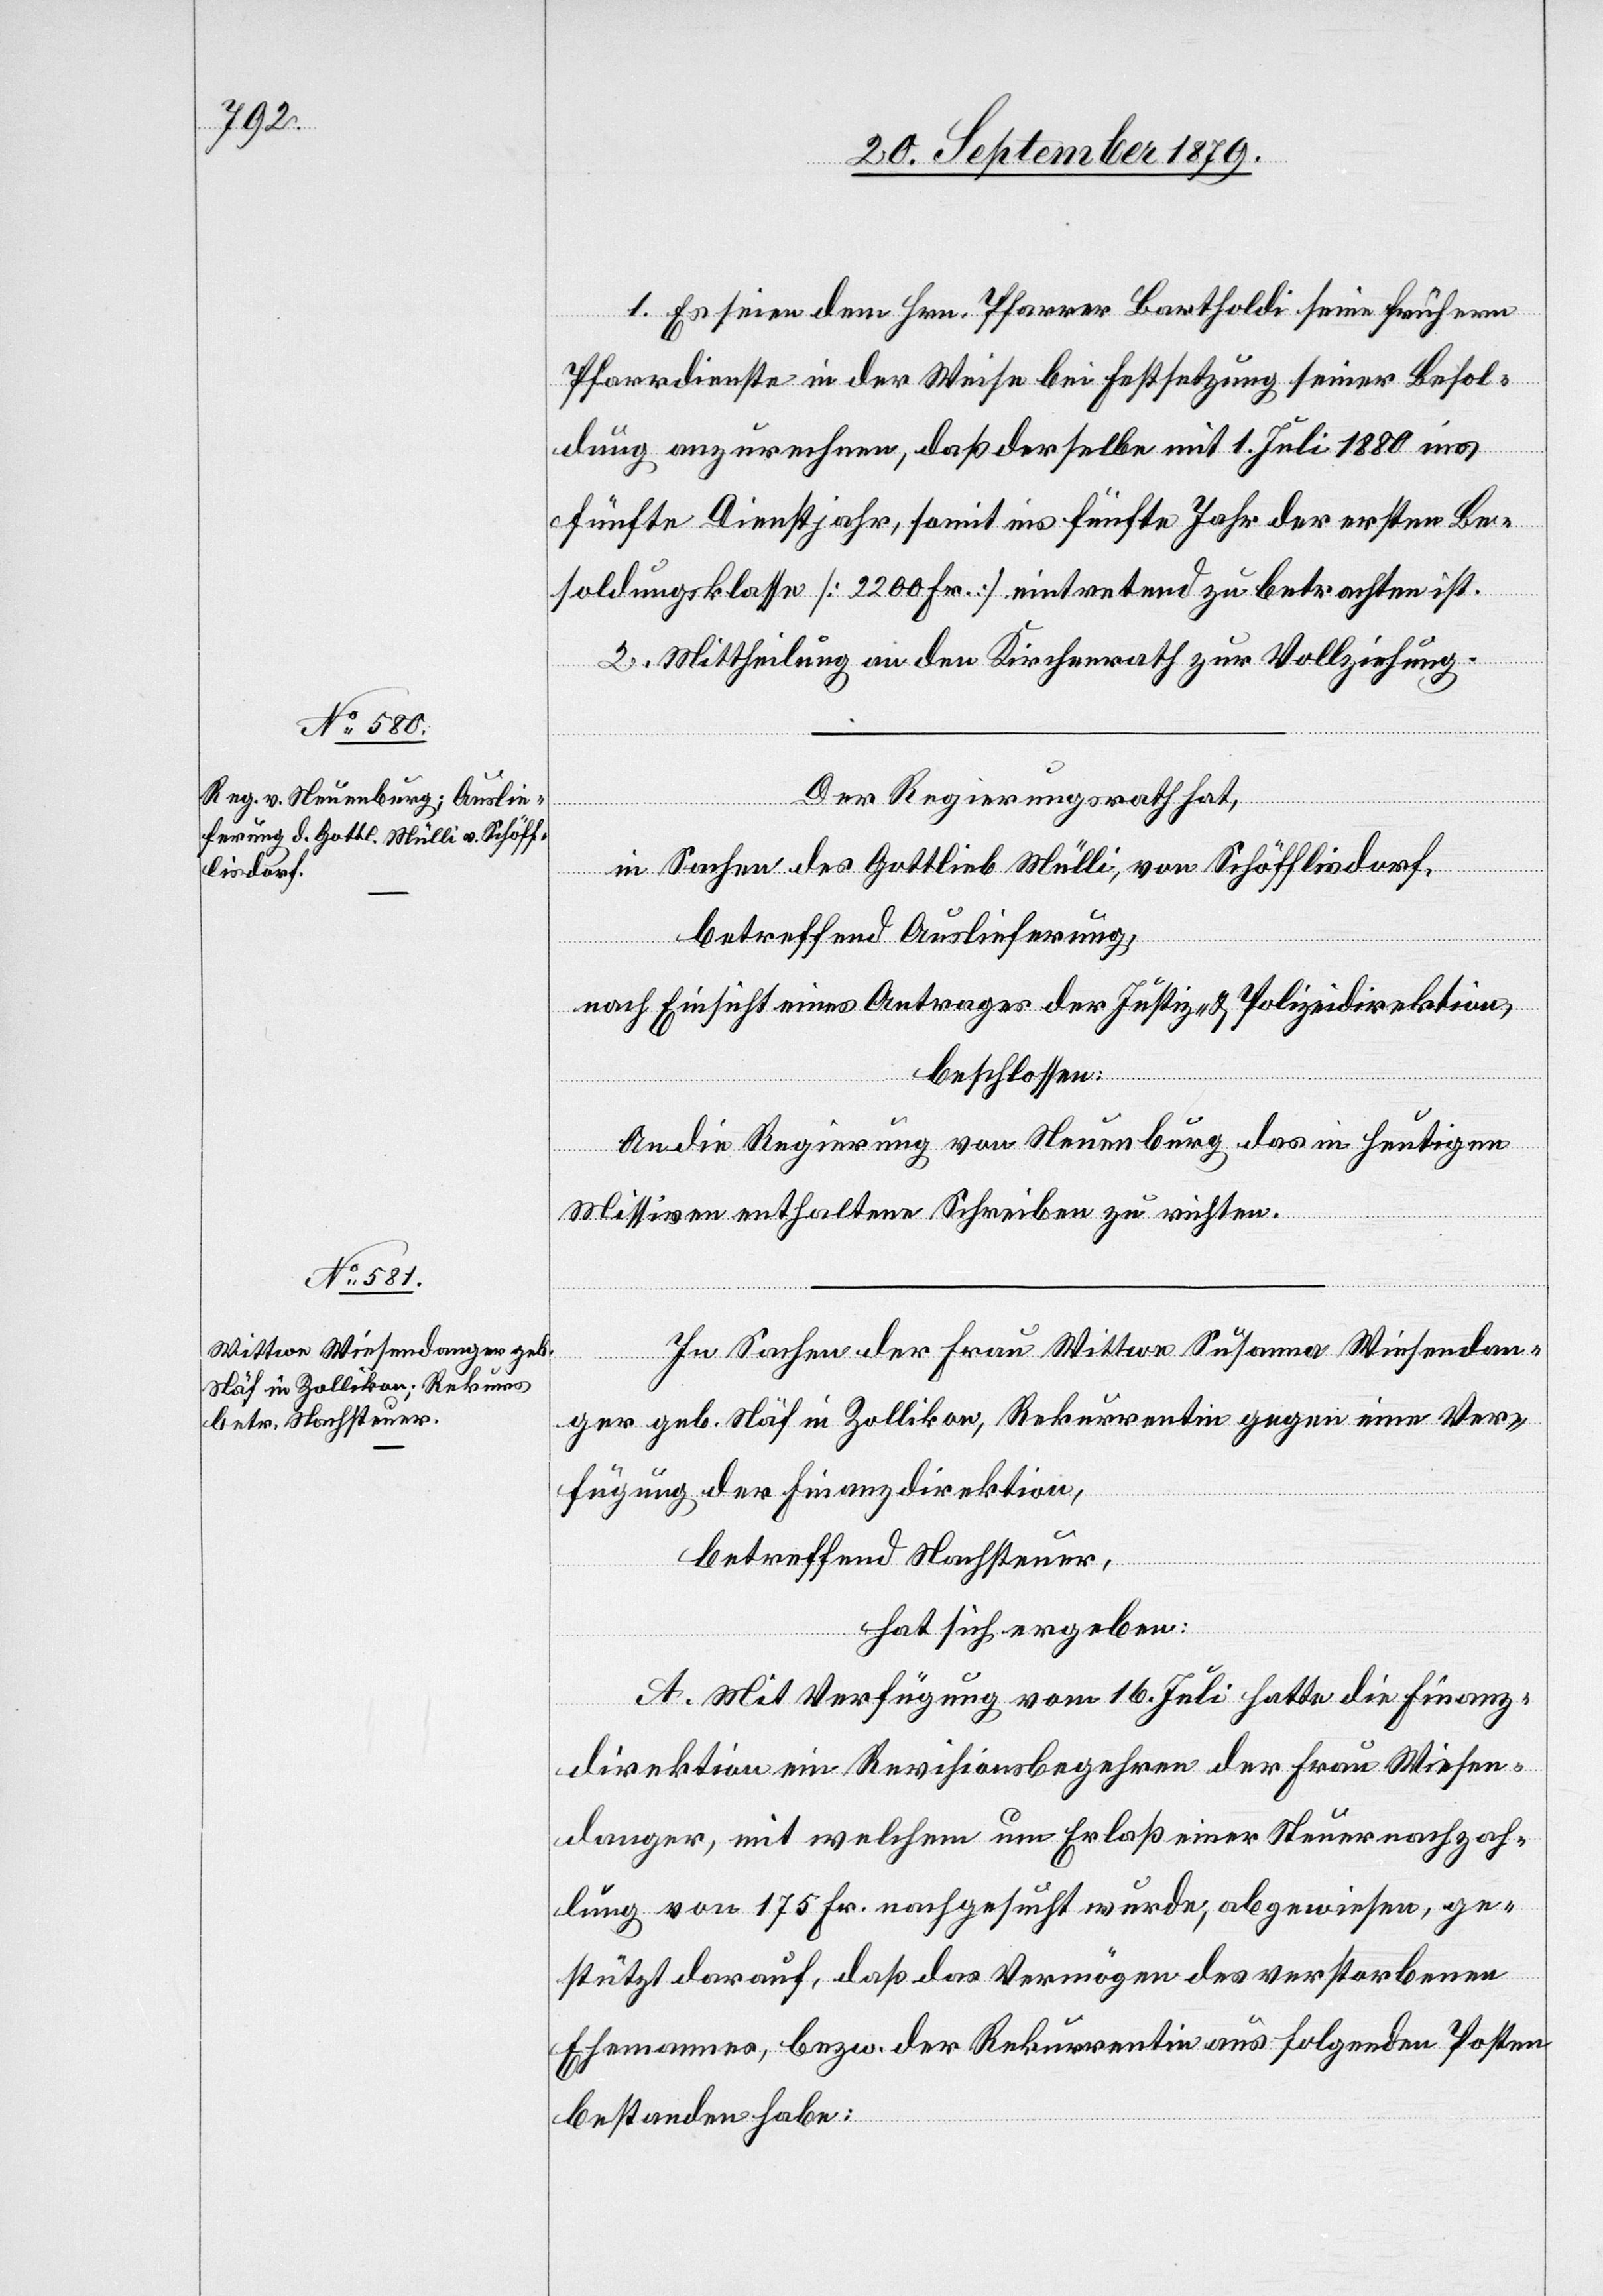
1. Es seien dem Hrn. Pfarrer Bartholdi seine frühern
Pfarrdienste in der Weise bei Festsetzung seiner Besol¬
dung anzurechnen, daß derselbe mit 1. Juli 1880 ins
fünfte Dienstjahr, somit ins fünfte Jahr der ersten Be¬
soldungsklasse [2200 Fr.] eintretend zu betrachten ist.
2. Mittheilung an den Kirchenrath zur Vollziehung.
Der Regierungsrath hat,
in Sachen des Gottlieb Mülli, von Schöfflisdorf,
betreffend Auslieferung,
nach Einsicht eines Antrages der Justiz- & Polizeidirektion,
beschlossen:
An die Regierung von Neuenburg das in heutigen
Missiven enthaltene Schreiben zu richten.
In Sachen der Frau Wittwe Susanna Wiesendan¬
ger geb. Näf in Zollikon, Rekurrentin gegen eine Ver¬
fügung der Finanzdirektion,
betreffend Nachsteuer,
hat sich ergeben:
A. Mit Verfügung vom 16. Juli hatte die Finanz¬
direktion ein Revisionsbegehren der Frau Wiesen¬
danger, mit welchem um Erlaß einer Steuernachzah¬
lung von 175 Fr. nachgesucht wurde, abgewiesen, ge¬
stützt darauf, daß das Vermögen des verstorbenen
Ehemannes, bez. der Rekurrentin aus folgenden Posten
bestanden habe: